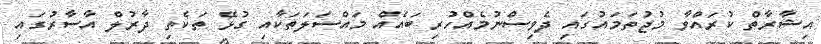
އިޝާރާތް ކުރައްވާ މުޖުތަމައުގައި ދެވިސްނުމެއްހުރި ބައެއް މައްސަލަތަކާއި ގުޅޭ ތަކެތި ދާރުލް އާސާރުގައި